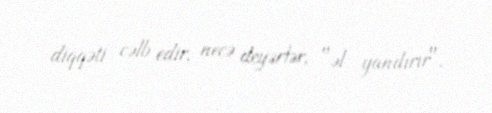
diqqəti cəlb edir, necə deyərlər, "əl yandırır".